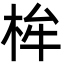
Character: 桙